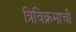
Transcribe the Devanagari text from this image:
त्रिविक्रमाची